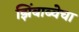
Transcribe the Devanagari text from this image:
झिंबाब्वेचा